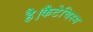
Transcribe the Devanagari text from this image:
है।कैटेचिस्म